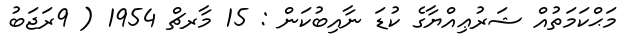
މަޙްކަމަތުއް ޝަރުޢިއްޔާގެ ކުޑަ ނާއިބުކަން : 15 މާރޗް 1954 ( 9ރަޖަބު